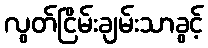
လွတ်ငြိမ်းချမ်းသာခွင့်